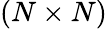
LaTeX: (N\times N)